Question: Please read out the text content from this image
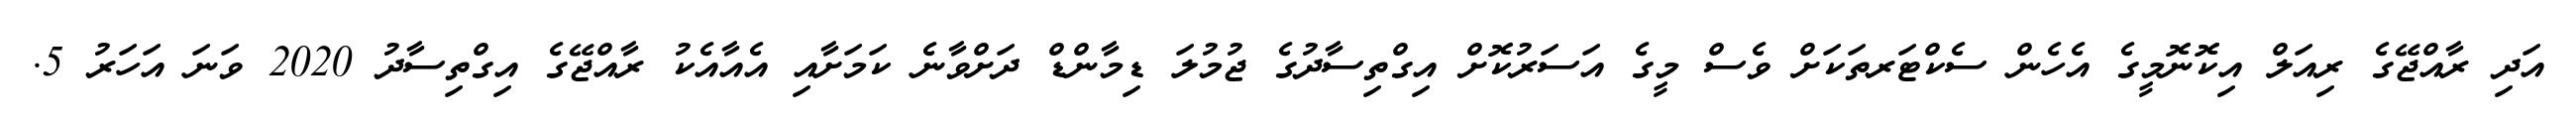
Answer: އަދި ރާއްޖޭގެ ރިއަލް އިކޮނޮމީގެ އެހެން ސެކްޓަރތަކަށް ވެސް މީގެ އަސަރުކޮށް އިގްތިސާދުގެ ޖުމުލަ ޑިމާންޑް ދަށްވާނެ ކަމަށާއި އެއާއެކު ރާއްޖޭގެ އިގްތިސާދު 2020 ވަނަ އަހަރު 5.